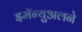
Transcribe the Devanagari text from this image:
इमॅन्युअलने